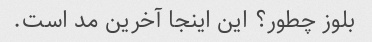
بلوز چطور؟ این اینجا آخرین مد است.